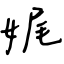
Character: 娓